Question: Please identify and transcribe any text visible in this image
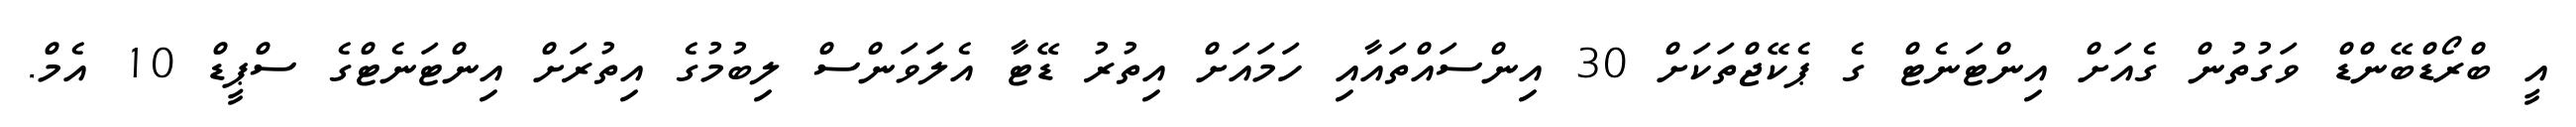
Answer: އީ ބްރޯޑްބޭންޑް ވަގުތުން ގެއަށް އިންޓަނެޓް ގެ ޕެކޭޖްތަކަށް 30 އިންސައްތައާއި ހަމައަށް އިތުރު ޑޭޓާ އެލަވަންސް ލިބުމުގެ އިތުރަށް އިންޓަނެޓްގެ ސްޕީޑް 10 އެމް.